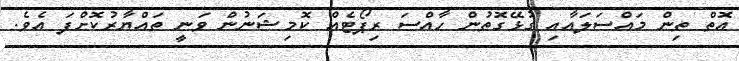
އޮތް ތިން މައްސަލައާއި ގުޅޭގޮތުން ހާއްސަ ރިޕޯޓެއް ކޮމިޝަނުން ވަނީ ތައްޔާރުކޮށްފަ އެވެ.